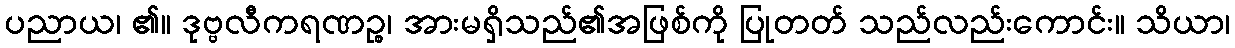
ပညာယ၊ ၏။ ဒုဗ္ဗလီကရဏဉ္စ၊ အားမရှိသည်၏အဖြစ်ကို ပြုတတ် သည်လည်းကောင်း။ သိယာ၊